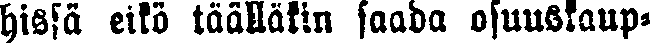
hissä eikö täälläkin saada osuuskaup-